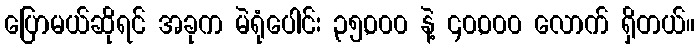
ပြောမယ်ဆိုရင် အခုက မဲရုံပေါင်း ၃၅,၀၀၀ နဲ့ ၄၀,၀၀၀ လောက် ရှိတယ်။